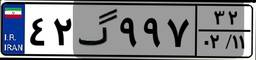
۴۲گ۹۹۷۳۲